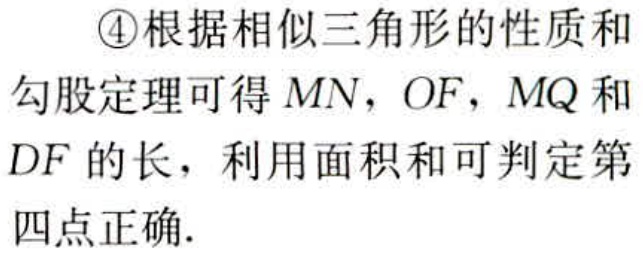
\textcircled{4}根据相似三角形的性质和勾股定理可得 \(MN\)，\(OF\)，\(MQ\) 和 \(DF\) 的长，利用面积和可判定第四点正确.